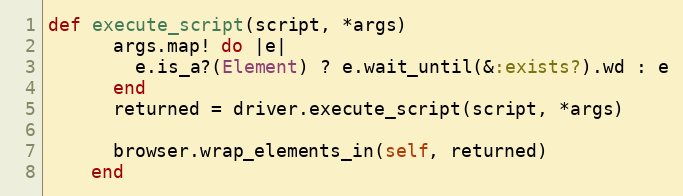
Language: Ruby
def execute_script(script, *args)
      args.map! do |e|
        e.is_a?(Element) ? e.wait_until(&:exists?).wd : e
      end
      returned = driver.execute_script(script, *args)

      browser.wrap_elements_in(self, returned)
    end